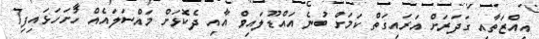
އިއްޒަތާއި ގަދަރަށް އަރައިގަތް ކަމަށް ބުނެ އައްޑޫލައިވް އާއި ދެކޮޅަށް މައްސަލައެއް ހުށަހަޅައިފި7